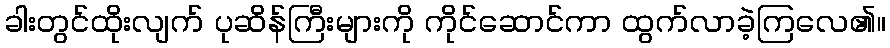
ခါးတွင်ထိုးလျက် ပုဆိန်ကြီးများကို ကိုင်ဆောင်ကာ ထွက်လာခဲ့ကြလေ၏။